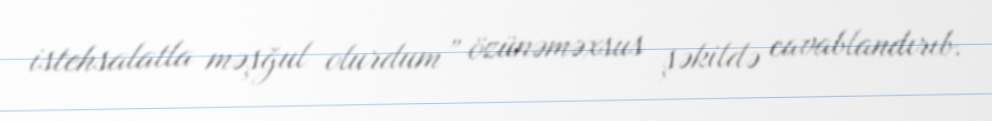
istehsalatla məşğul olurdum” özünəməxsus şəkildə cavablandırıb.